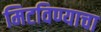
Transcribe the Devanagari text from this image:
मिटविण्याचा